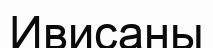
Ивисаны